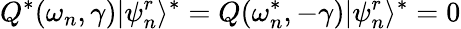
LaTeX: Q^{*}(\omega_{n},\gamma)|\psi_{n}^{r}\rangle^{*}=Q(\omega_{n}^{*},-\gamma)|\psi_{n}^{r}\rangle^{*}=0